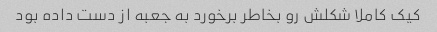
کیک کاملا شکلش رو بخاطر برخورد به جعبه از دست داده بود